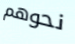
نحوهم